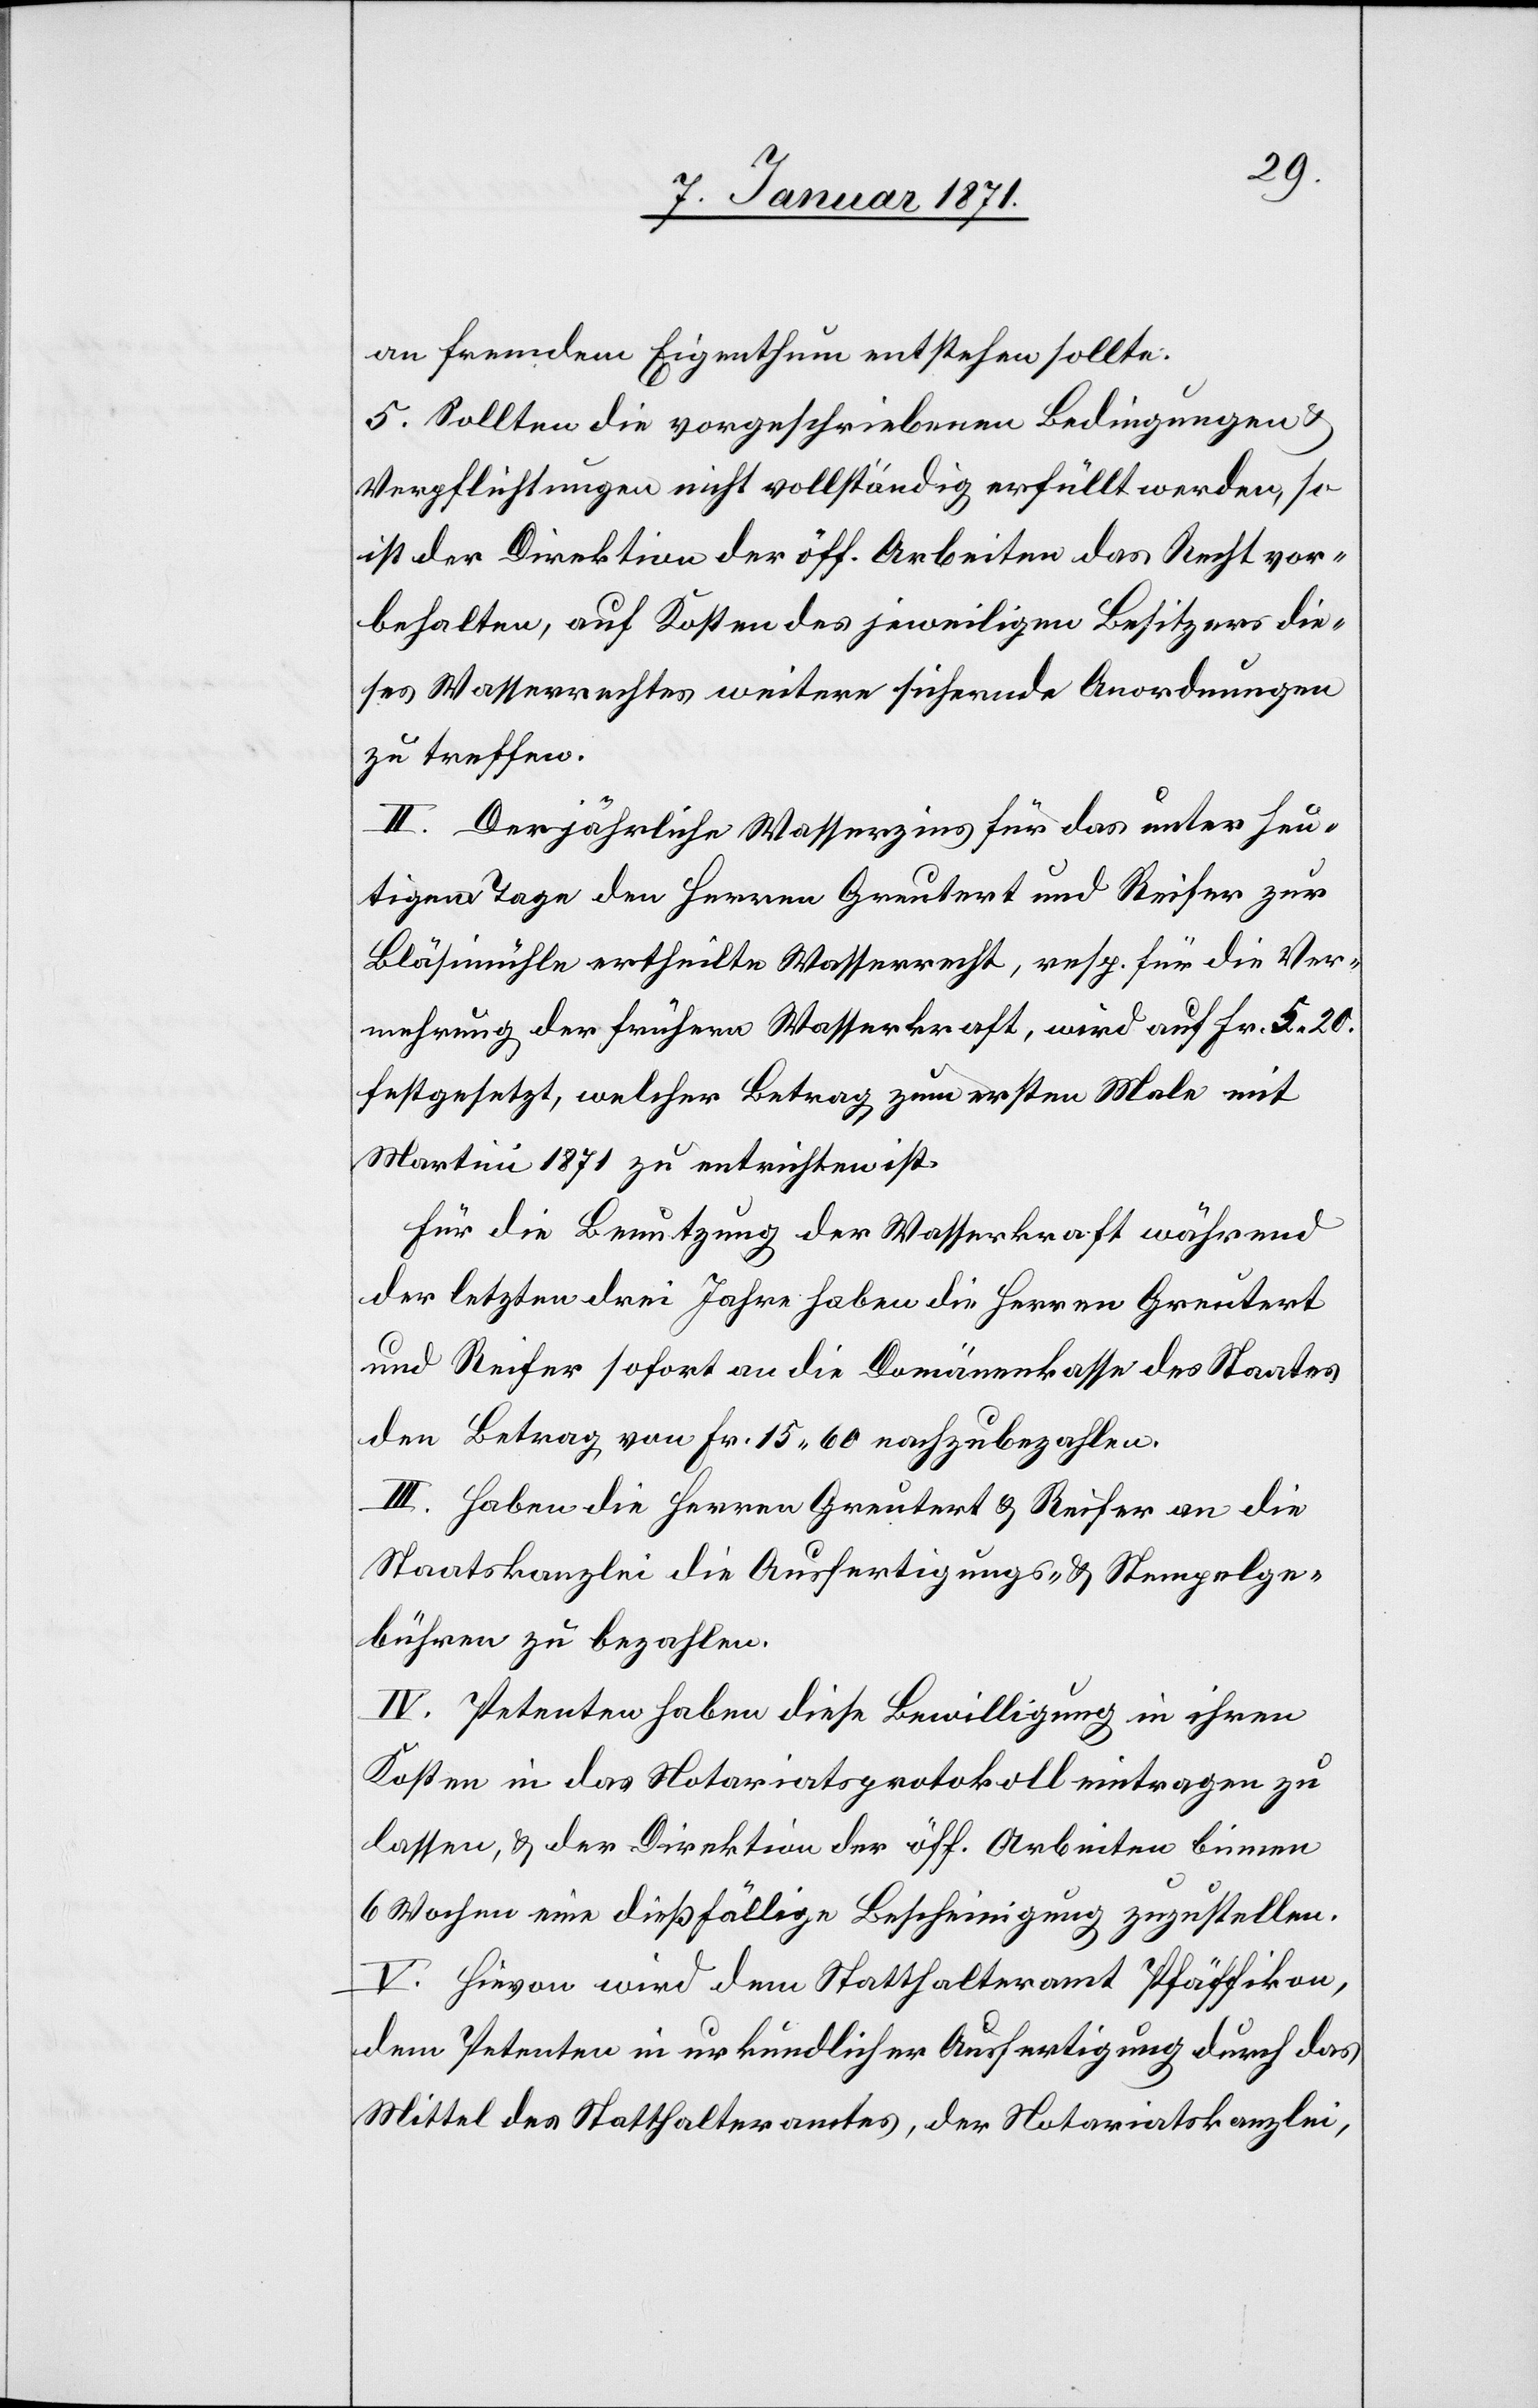
an fremdem Eigenthum entstehen sollte:
5. Sollten die vorgeschriebenen Bedingungen u.
Verpflichtungen nicht vollständig erfüllt werden, so
ist der Direktion der öff. Arbeiten das Recht vor¬
behalten, auf Kosten des jeweiligen Besitzers die¬
ses Wasserrechtes weitere sichernde Anordnungen
zu treffen.
II. Der jährliche Wasserzins für das unter heu¬
tigem Tage den Herren Greutert und Reifer zur
Bläsimühle ertheilte Wasserrecht, resp. für die Ver¬
mehrung der frühern Wasserkraft, wird auf Fr. 5.20.
festgesetzt, welcher Betrag zum ersten Male mit
Martini 1871 zu entrichten ist.
Für die Benutzung der Wasserkraft während
der letzten drei Jahre haben die Herren Greutert
und Reifer sofort an die Domänenkasse des Staates
den Betrag von Fr. 15 60 nachzubezahlen.
III. Haben die Herren Greutert & Reifer an die
Staatskanzlei die Ausfertigungs- u. Stempelge¬
bühren zu bezahlen.
IV. Petenten haben diese Bewilligung in ihren
Kosten in das Notariatsprotokoll eintragen zu
lassen, u. der Direktion der öff. Arbeiten binnen
6 Wochen eine dießfällige Bescheinigung zuzustellen.
V. Hievon wird dem Statthalteramt Pfäffikon,
dem Petenten in urkundlicher Ausfertigung durch das
Mittel des Statthalteramtes, der Notariatskanzlei,